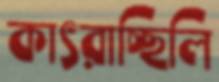
কাৎরাচ্ছিলি